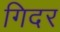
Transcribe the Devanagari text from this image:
गिदर